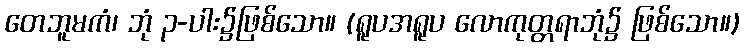
တေဘူမကံ၊ ဘုံ ၃-ပါး၌ဖြစ်သော။ (ရူပအရူပ လောကုတ္တရာဘုံ၌ ဖြစ်သော။)